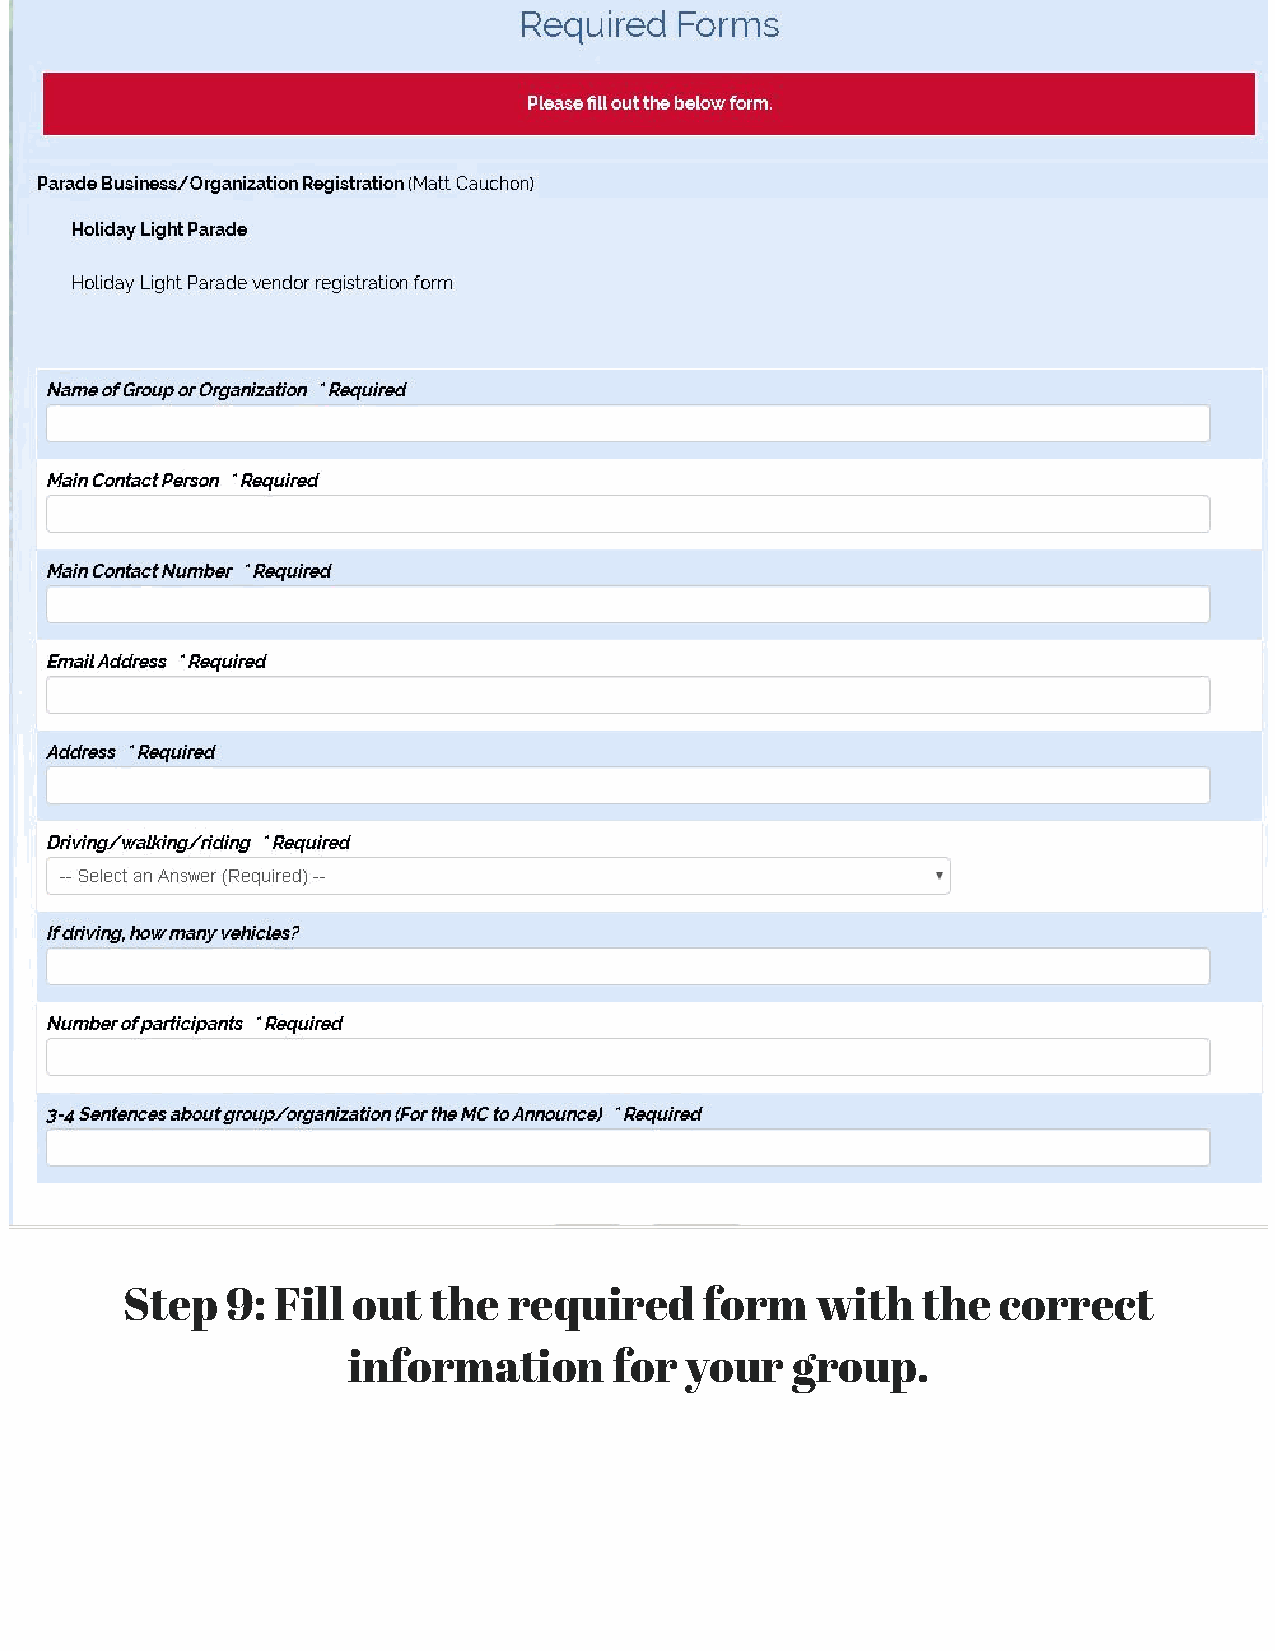
Step   9: Fill out  the   required     form   with   the  correct
 information       for your   group.